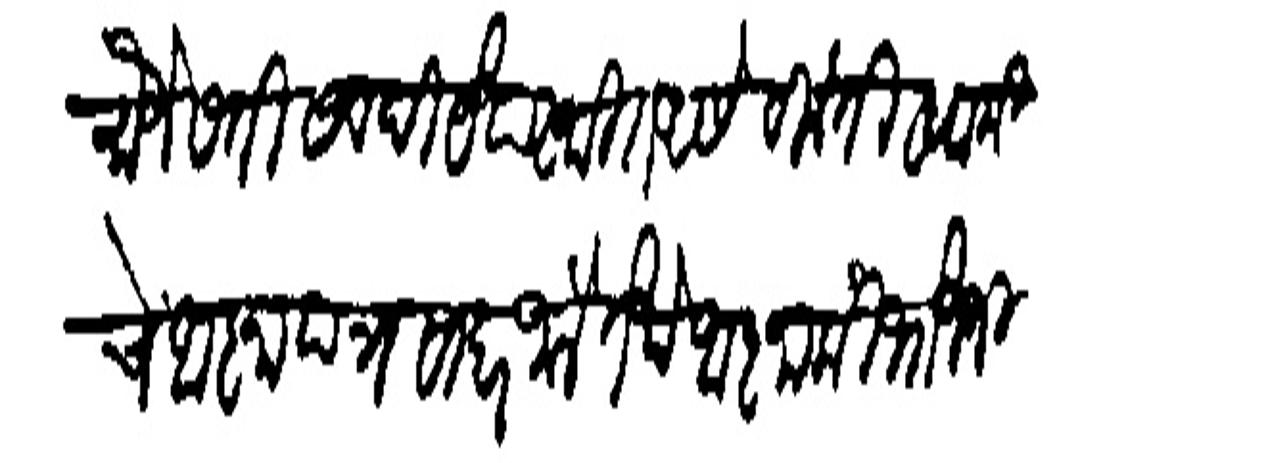
Transliteration (Devanagari): मौजे सती सबदी येयास्थित असे बिनंती स्वामी चे आजापत्र सादर जाले तेये आता की भोजजी